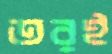
তরই